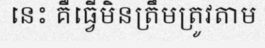
នេះ គឺធ្វើមិនត្រឹមត្រូវតាម